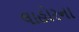
લાહોરના